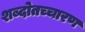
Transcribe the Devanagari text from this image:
शब्दोतच्चारण